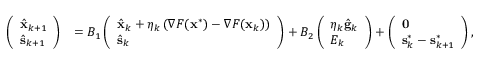
\begin{array} { r l } { \left( \begin{array} { l } { \hat { \mathbf { x } } _ { k + 1 } } \\ { \hat { \mathbf { s } } _ { k + 1 } } \end{array} \right) } & { = B _ { 1 } \left( \begin{array} { l } { \hat { \mathbf { x } } _ { k } + \eta _ { k } \left( \nabla F ( \mathbf { x } ^ { * } ) - \nabla F ( \mathbf { x } _ { k } ) \right) } \\ { \hat { \mathbf { s } } _ { k } } \end{array} \right) + B _ { 2 } \left( \begin{array} { l } { \eta _ { k } \hat { \mathbf { g } } _ { k } } \\ { E _ { k } } \end{array} \right) + \left( \begin{array} { l } { \mathbf { 0 } } \\ { \mathbf { s } _ { k } ^ { * } - \mathbf { s } _ { k + 1 } ^ { * } } \end{array} \right) , } \end{array}